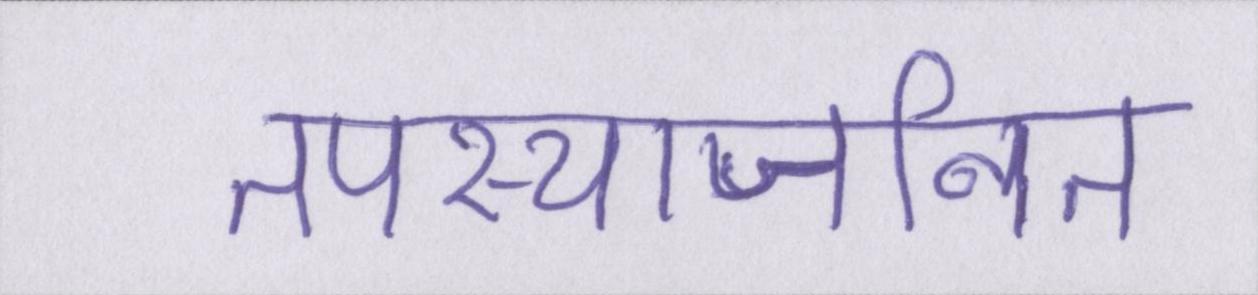
तपस्याजनित